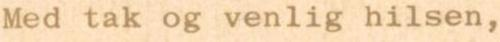
Med tak og venlig hilsen,